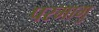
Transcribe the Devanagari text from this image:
परमागु